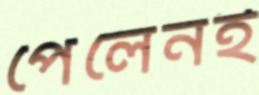
পেলেনই